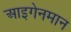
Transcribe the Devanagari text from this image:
आइगेनमान